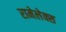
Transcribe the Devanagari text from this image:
रामेलेक्स